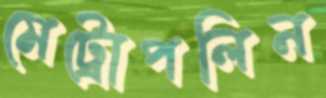
মেট্রোপলিন